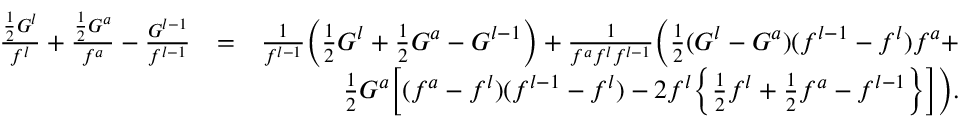
\begin{array} { r l r } { \frac { \frac { 1 } { 2 } G ^ { l } } { f ^ { l } } + \frac { \frac { 1 } { 2 } G ^ { a } } { f ^ { a } } - \frac { G ^ { l - 1 } } { f ^ { l - 1 } } } & { = } & { \frac { 1 } { f ^ { l - 1 } } \Big ( \frac { 1 } { 2 } G ^ { l } + \frac { 1 } { 2 } G ^ { a } - G ^ { l - 1 } \Big ) + \frac { 1 } { f ^ { a } f ^ { l } f ^ { l - 1 } } \Big ( \frac { 1 } { 2 } ( G ^ { l } - G ^ { a } ) ( f ^ { l - 1 } - f ^ { l } ) f ^ { a } + } \\ & { } & { \frac { 1 } { 2 } G ^ { a } \Big [ ( f ^ { a } - f ^ { l } ) ( f ^ { l - 1 } - f ^ { l } ) - 2 f ^ { l } \Big \{ \frac { 1 } { 2 } f ^ { l } + \frac { 1 } { 2 } f ^ { a } - f ^ { l - 1 } \Big \} \Big ] \Big ) . } \end{array}